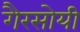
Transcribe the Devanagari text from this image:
गैरसोयी